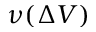
\nu ( \Delta V )